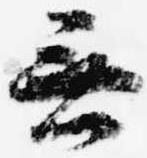
無